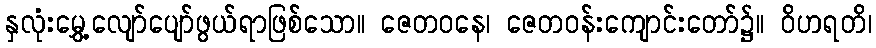
နှလုံးမွှေ့လျော်ပျော်ဖွယ်ရာဖြစ်သော။ ဇေတဝနေ၊ ဇေတဝန်းကျောင်းတော်၌။ ဝိဟရတိ၊